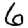
Digit: 6